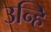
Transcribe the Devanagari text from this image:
उन्हि